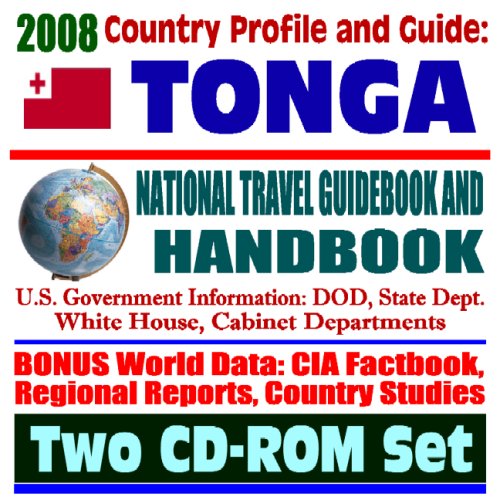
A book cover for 2008 Country Profile and Guide to Tonga - National Travel Guidebook and Handbook - New Island and Pumice Raft, Peace Corps, Navy and World War II (Two CD-ROM Set); U.S. Government; Travel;